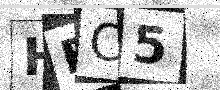
Text: HEC5